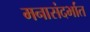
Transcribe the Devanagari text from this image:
मनासंदर्भात